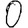
Digit: 0